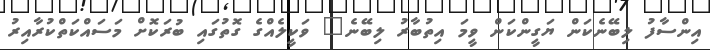
އިންސާފު ލިބޭނެކަން ޔަގީންކަން ވީމަ އިތުބާރު ލިބޭނެ" ވަކީލެއްގެ ގޮތުގައި ބުރަކޮށް މަސައްކަތްކުރާއިރު